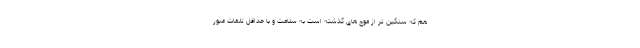
هم که سنگین تر از موج های گذشته است به سلامت و با حداقل تلفات عبور